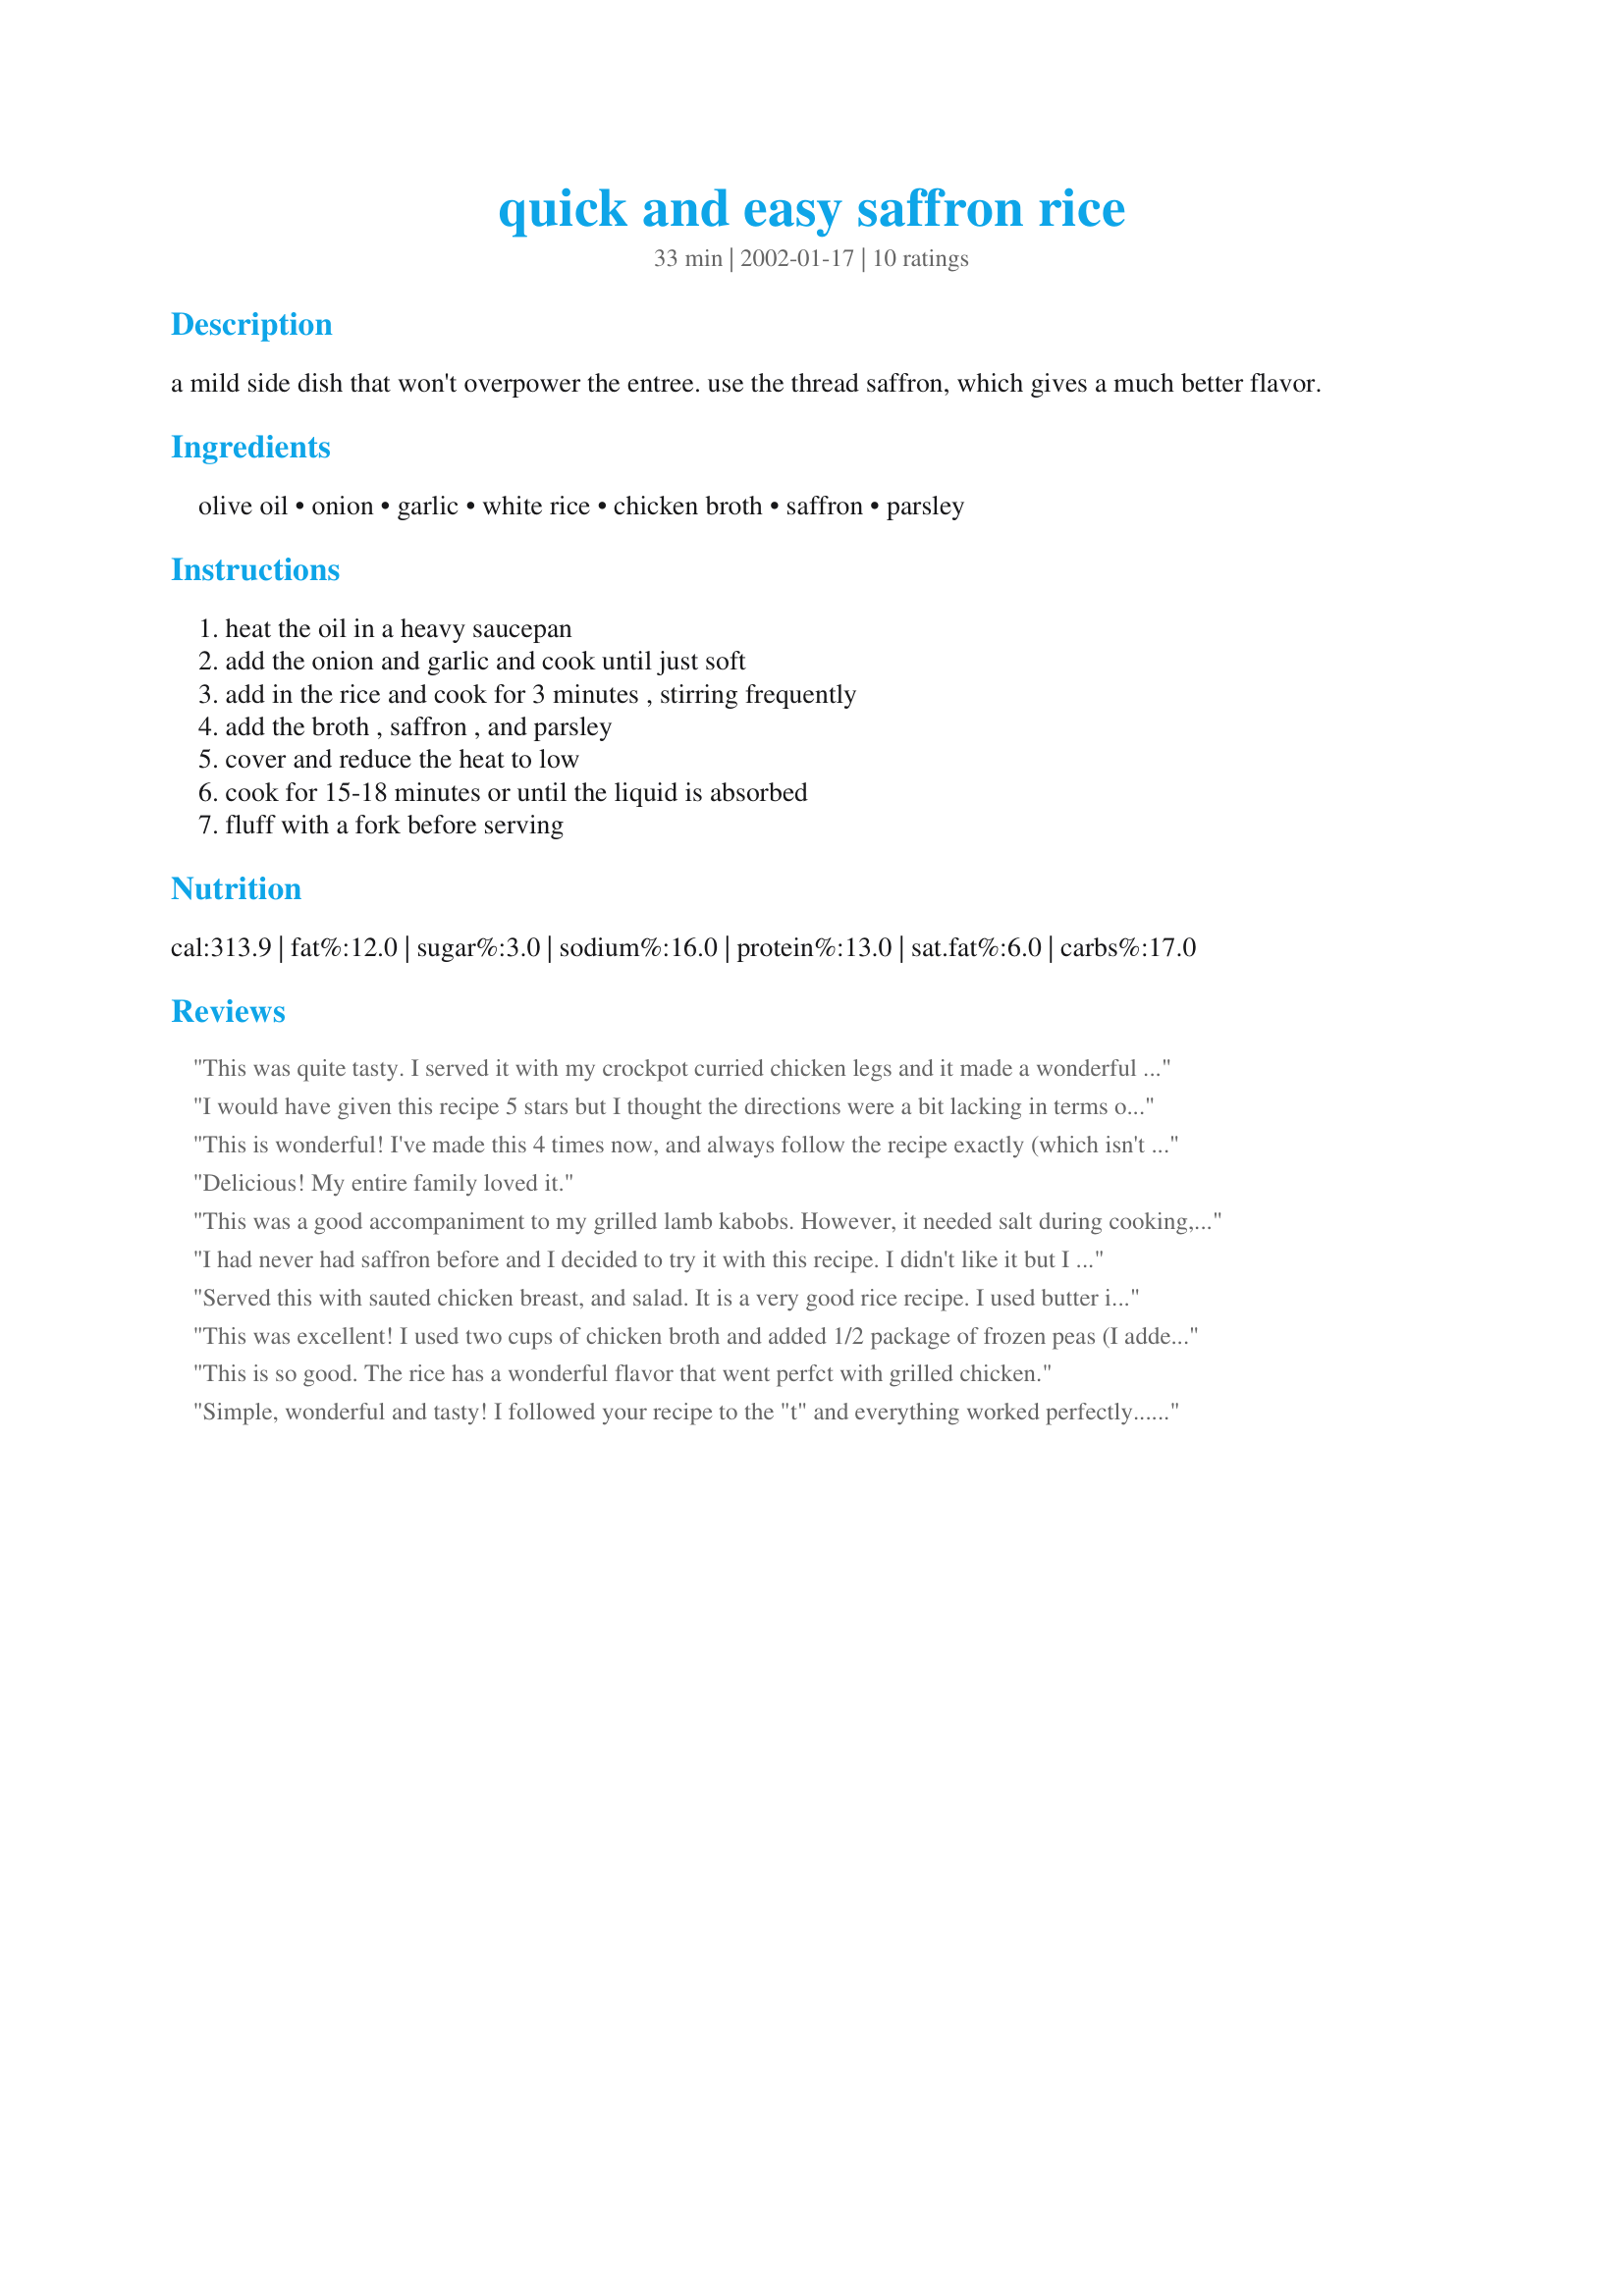
quick and easy saffron rice
Preparation time: 33 minutes

a mild side dish that won't overpower the entree. use the thread saffron, which gives a much better flavor.

Ingredients:
olive oil, onion, garlic, white rice, chicken broth, saffron, parsley

Steps:
heat the oil in a heavy saucepan, add the onion and garlic and cook until just soft, add in the rice and cook for 3 minutes , stirring frequently, add the broth , saffron , and parsley, cover and reduce the heat to low, cook for 15-18 minutes or until the liquid is absorbed, fluff with a fork before serving

Reviews:
This was quite tasty. I served it with my crockpot curried chicken legs and it made a wonderful meal. Thanks for the great recipe!
I would have given this recipe 5 stars but I thought the directions were a bit lacking in terms of heating directions. I haven't used saffron very often because of the price, but now that I have found Penzey's - I have a plentiful supply. I wonder if I should have soaked the strands before adding because they stayed whole.
Despite my concerns, the rice was absolutely delicious and I will absolutely make it again!
Thanks JoAnn!
This is wonderful! I've made this 4 times now, and always follow the recipe exactly (which isn't like me) and it comes out great each time. My husband, 4 1/2 yr old, and 2 year old can't get enough of it either. thank you for sharing this great recipe.
Delicious! My entire family loved it.
This was a good accompaniment to my grilled lamb kabobs. However, it needed salt during cooking, and since it wasn't there, this recipe loses a star. Add some salt and you've got a winner!
I had never had saffron before and I decided to try it with this recipe. I didn't like it but I decided to use my experience with this recipe to benefit others. The recipe worked well. The rice was cooked to perfection. It had a beautiful yellow color and for someone that enjoys saffron, it probably tastes good too. There is a distinct nutty flavor and the parsley adds a little color.
Served this with sauted chicken breast, and salad. It is a very good rice recipe. I used butter instead of olive oil, I think that adds to the flavor. We will for sure have this again. Thanks :)
This was excellent! I used two cups of chicken broth and added 1/2 package of frozen peas (I added the peas after I brought the rice to a boil, before I put the lid on to simmer for 15 minutes). Awesome :)
This is so good. The rice has a wonderful flavor that went perfct with grilled chicken.
Simple, wonderful and tasty! I followed your recipe to the "t" and everything worked perfectly...thank you!
